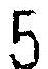
5